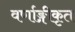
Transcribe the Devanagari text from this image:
वर्णाङ्गीकृत